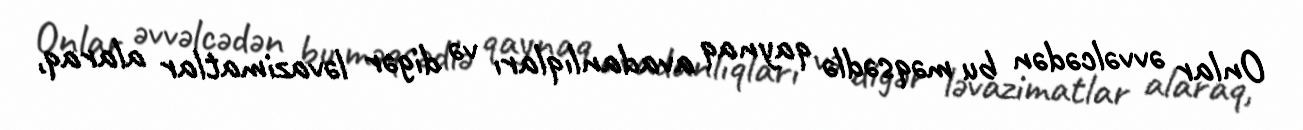
Onlar əvvəlcədən bu məqsədlə qaynaq avadanlıqları və digər ləvazimatlar alaraq,